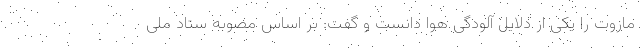
مازوت را یکی از دلایل آلودگی هوا دانست و گفت: بر اساس مصوبه ستاد ملی